Report of the Municipal Commissioner on the plague in Bombay for the year ending 31st May... - Volume 3
Disease focus: Plague
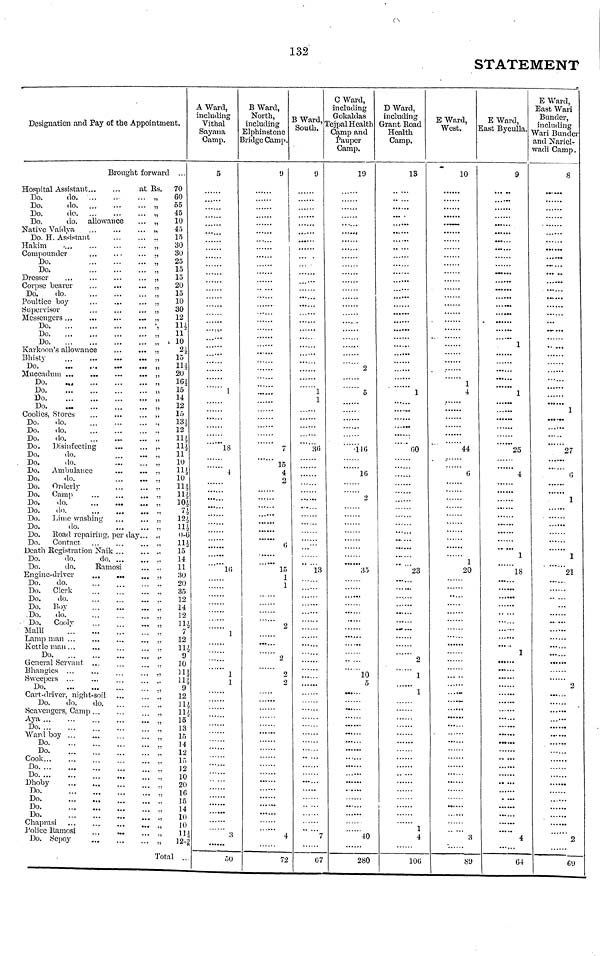
132
STATEMENT
Designation and Pay of the Appointment.
Brought forward ...
Hospital Assistant
at Its. 70
Do.
do
,
60
Do.
do. ...
...
... .,
55
Do.
do
'.,
45
Do.
do. allowance
... „
10
Native Vaidya
...
...
... „
45
Do. H. Assistant
„
15
Hakim
,
30
Compounder
...
,
30
Do.
'.,
25
Do.
.,
15
Dresser
.
...
...
,
15
Corpse bearer
...
...
... „
20
Do.
do.
...
...
... „
15
Poultice boy
.,
10
Supervisor
...
...
... „
30
Messengers
,
12
Do
',
11
Do
,
11
Do
„
10
Karkoon's allowance
...
21/2
Bhisty
15
Do.
111/2
Do
, 161/2
Do
,
15
Do
14
Do
,,
12
Coolies, Stores
...
...
... „
15
Do.
do..
, 131/2
Do.
do.
12
Do.
do.
111/5
Do. Disinfeeting
...
... .,
Do.
do.
...
...
11
Do.
do.
'.'.'.
... ,.
10
Do. Ambulance
...
... ., 111/2
Do.
do.
,
10
Do. Orderly
,. 111/2
Do. Camp
...
.
. ., 111/2
Do.
do
10
Do.
do.
,
7.
Do. Lime washing ...
121/ 2.
Do.
do.
111/2
Do. Road repairing, per day...
.,0-6
Do.
Contact
,
11
Death Registration Naik
15
Do.
do.
do
14
Do.
do.
Ramosi
11
Engine-driver
,
30
Do.
do.
...
' " ..
20
Do.
Clerk
""
35
Do.
do.
...
. .
12
Do.
Boy
,.
14
Do.
do.
12
Do.
Cooly
...
'
11
Malli
."..
...
"!
7
Lamp man ...
...
...
,
12
Kettle man...
...
11
Do
9
General Servant ...
...
10
Bhangies ...
...
111/2
Sweepers ...
...
'
111/2
Do
9
Cart-driver, night-soil ...
...
12
Do.
do.
do.
11
Scavengers. Camp
"
111/2
Aya...
...
15
Do
...
13
Ward boy ...
...
15
Do
14
Do.
12
Cook
15
Do
12
Do
...
10
Dhoby
20
Do.
16
Do
15
Do.
Do.
10
Chaprasi
....
"
20
Police Ramosi
...
...
11
Do. Sepoy
..12
Total ..
A Ward,
including
Vithal
Sayana
Camp.
5
......
1
18
4
.. . •••
""'"K;
1
1
......
......
3
50
B Ward,
North,
including
Elphinstone
Bridge Camp.
1)
7
15
4
o
......
1
......
¿
2
4
72
B Ward,
South.
9
""'36
• »...
" 'Ï3
......
7
67
C Ward,
including
Gokaldas
Tejpal Health
Camp and
Pauper
Camp.
19
2
5
116
16
2
35
......
.....
10
5
......
......
40
280
D Ward,
including
Grant Road
Health
Camp.
13
••••••
1
60
23
......
......
2
1
1
1
4
106
E Ward,
West.
10
1
44
20
......
3
89
E Ward,
East Byculla.
9
......
......
......
......
1
......
......
1
......
......
25
4
......
......
......
1
18
1
.. ...
. ...
4
64
E Ward,
East Wari
Bunder,
including
Wari Bunder
and Nariel-
wadi Camp.
8
......
......
1
••••••
27
1
1
21
•••...
......
2
......
2
69